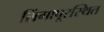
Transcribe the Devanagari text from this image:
सिंगापूरस्थित